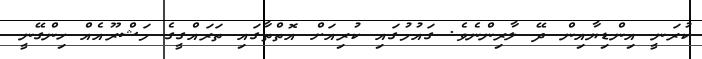
ކުރަނީ އިންޑިޔާއިން ދޭ ލާރިންނެވެ. ގައުމުގައި ކުރިއަށް އޮތްތާގައި ތަރައްގީގެ މަޝްރޫއެއް ހިންގޭނީ